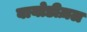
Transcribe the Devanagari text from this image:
बायोडीज़ल